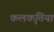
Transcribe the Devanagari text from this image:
कलकृतियां